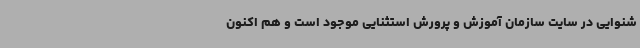
شنوایی در سایت سازمان آموزش و پرورش استثنایی موجود است و هم اکنون